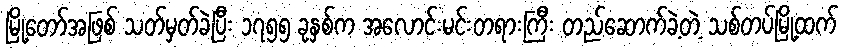
မြို့တော်အဖြစ် သတ်မှတ်ခဲ့ပြီး ၁၇၅၅ ခုနှစ်က အလောင်းမင်းတရားကြီး တည်ဆောက်ခဲ့တဲ့ သစ်တပ်မြို့ထက်